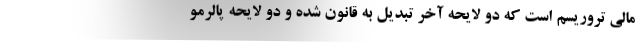
مالی تروریسم است که دو لایحه آخر تبدیل به قانون شده و دو لایحه پالرمو